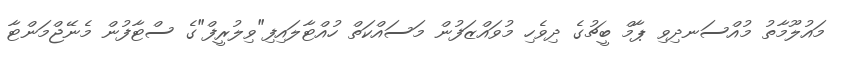
މައުލޫމާތު މުއްސަނދިވި ޕާމް ބީޗުގެ ދިވެހި މުވައްޒަފުން މަސައްކަތް ހުއްޓާލައިފި"ވިލުރީފް"ގެ ސްޓާފުން މެނޭޖްމަންޓާ